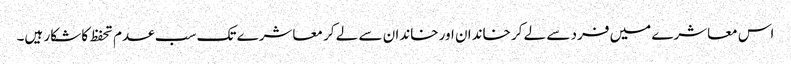
اس معاشرے میں فرد سے لے کر خاندان اور خاندان سے لے کر معاشرے تک سب عدم تحفظ کا شکار ہیں۔